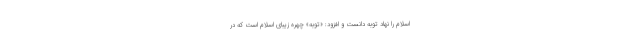
اسلام را نهاد توبه دانست و افزود: «توبه» چهره زیبای اسلام است که در